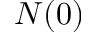
N ( 0 )